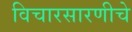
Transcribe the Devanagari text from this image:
विचारसारणीचे